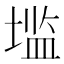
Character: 𰊑